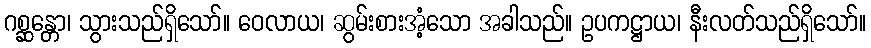
ဂစ္ဆန္တော၊ သွားသည်ရှိသော်။ ဝေလာယ၊ ဆွမ်းစားအံ့သော အခါသည်။ ဥပကဋ္ဌာယ၊ နီးလတ်သည်ရှိသော်။